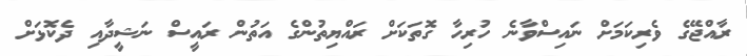
ރާއްޖޭގެ ވެރިކަމަށް ނައިސްވާނެ ހުރިހާ ގޮތަކަށް ރައްޔިތުންގެ އަތުން ރައީސް ނަޝީދާއި ދެކޮޅަށް